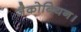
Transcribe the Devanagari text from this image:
जैकोबियन।